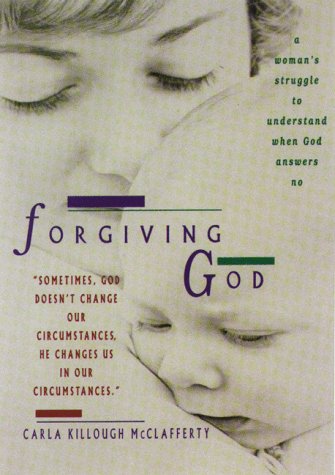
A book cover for Forgiving God: A Woman's Struggle to Understand When God Answers No; Carla McClafferty; Christian Books & Bibles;